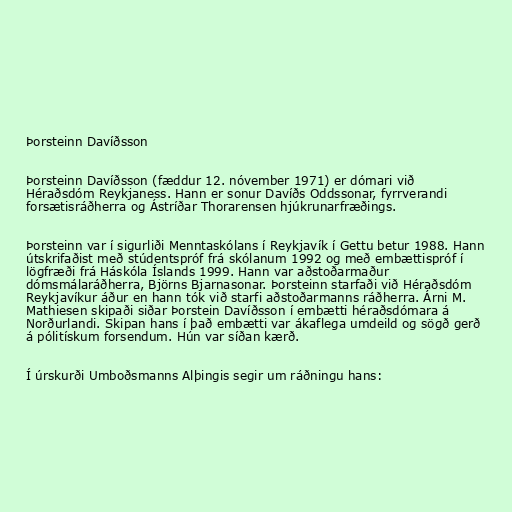
Þorsteinn Davíðsson

Þorsteinn Davíðsson (fæddur 12. nóvember 1971) er dómari við
Héraðsdóm Reykjaness. Hann er sonur Davíðs Oddssonar, fyrrverandi
forsætisráðherra og Ástríðar Thorarensen hjúkrunarfræðings.

Þorsteinn var í sigurliði Menntaskólans í Reykjavík í Gettu betur 1988. Hann
útskrifaðist með stúdentspróf frá skólanum 1992 og með embættispróf í
lögfræði frá Háskóla Íslands 1999. Hann var aðstoðarmaður
dómsmálaráðherra, Björns Bjarnasonar. Þorsteinn starfaði við Héraðsdóm
Reykjavíkur áður en hann tók við starfi aðstoðarmanns ráðherra. Árni M.
Mathiesen skipaði siðar Þorstein Davíðsson í embætti héraðsdómara á
Norðurlandi. Skipan hans í það embætti var ákaflega umdeild og sögð gerð
á pólitískum forsendum. Hún var síðan kærð.

Í úrskurði Umboðsmanns Alþingis segir um ráðningu hans: